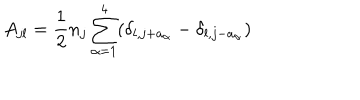
A _ { j l } = \frac 1 2 n _ { j } \sum _ { \alpha = 1 } ^ { 4 } ( \delta _ { l , j + a _ { \alpha } } - \delta _ { l , j - a _ { \alpha } } )